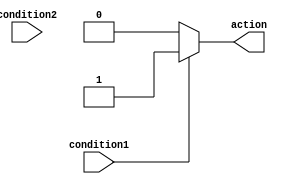
module if_else_ladder_statement (
    input wire condition1,
    input wire condition2,
    output reg action
);

always @* begin
    if (condition1) begin
        // Actions for condition1 being true
        action = 1;
    end
    else if (condition2) begin
        // Actions for condition2 being true
        action = 2;
    end
    else begin
        // Default action if none of the conditions are true
        action = 0;
    end
end

endmodule